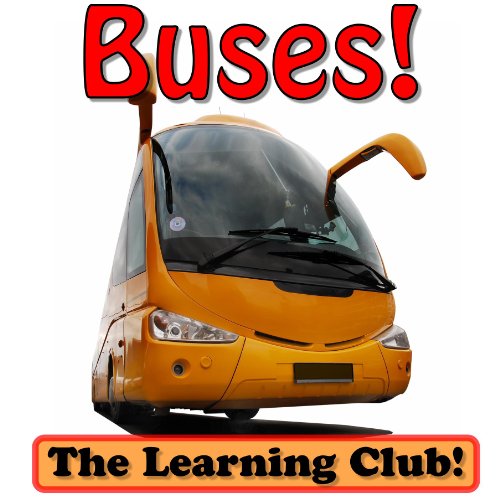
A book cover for Buses! Learn About Buses And Learn To Read - The Learning Club! (45+ Photos of Buses); Leah Ledos; Children's Books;